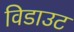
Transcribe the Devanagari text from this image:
विडाउट